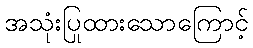
အသုံးပြုထားသောကြောင့်